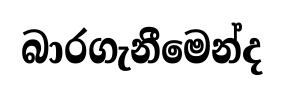
බාරගැනීමෙන්ද